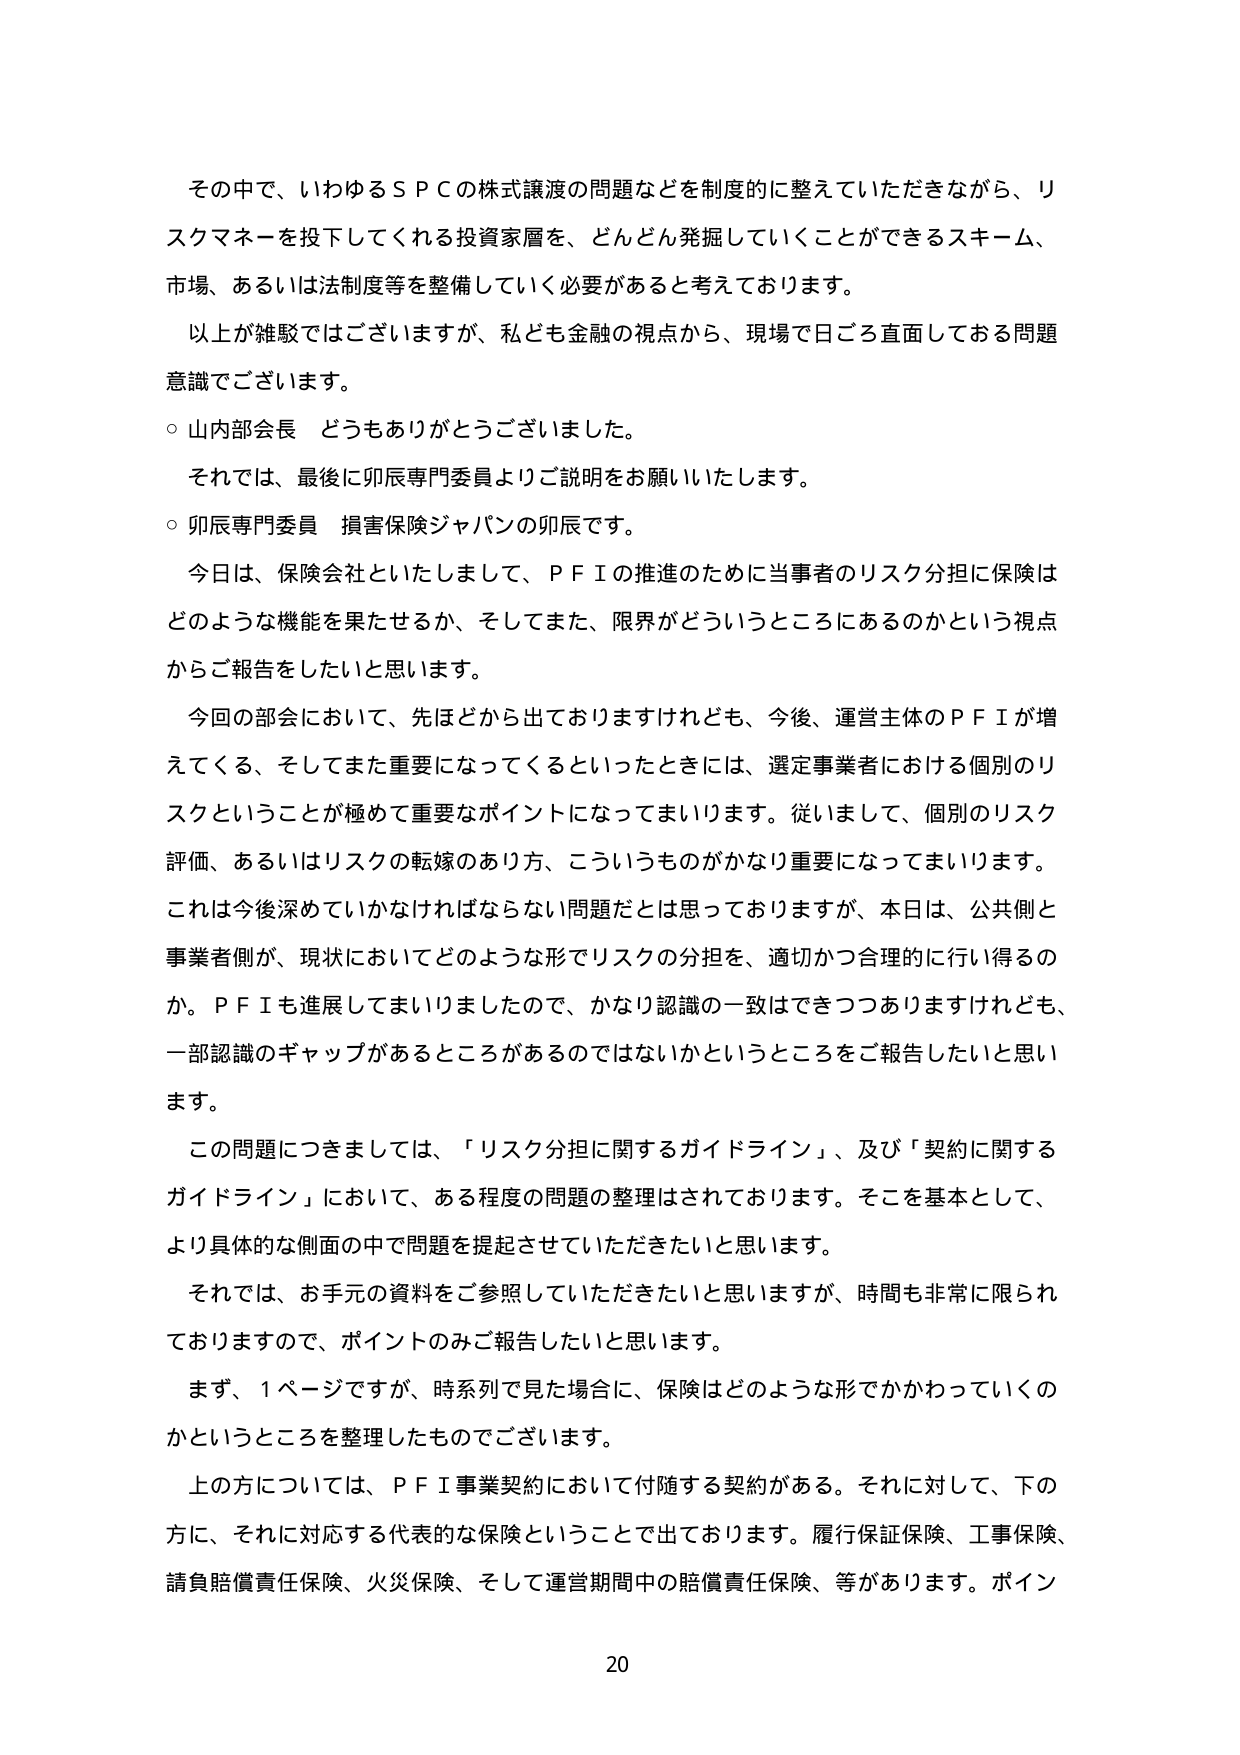
その中で、いわゆるＳＰＣの株式譲渡の問題などを制度的に整えていただきながら、リスクマネーを投下してくれる投資家層を、どんどん発掘していくことができるスキーム、市場、あるいは法制度等を整備していく必要があると考えております。

以上が雑駁ではございますが、私ども金融の視点から、現場で日ごろ直面しておる問題意識でございます。

○ 山内部会長 どうもありがとうございました。

それでは、最後に卯辰専門委員よりご説明をお願いいたします。

○ 卯辰専門委員 損害保険ジャパンの卯辰です。

今日は、保険会社といたしまして、ＰＦＩの推進のために当事者のリスク分担に保険はどのような機能を果たせるか、そしてまた、限界がどういうところにあるのかという視点からご報告をしたいと思います。

今回の部会において、先ほどから出ておりますけれども、今後、運営主体のＰＦＩが増えてくる、そしてまた重要になってくるといったときには、選定事業者における個別のリスクということが極めて重要なポイントになってまいります。従いまして、個別のリスク評価、あるいはリスクの転嫁のあり方、こういうものがかなり重要になってまいります。これは今後深めていかなければならない問題だとは思っておりますが、本日は、公共側と事業者側が、現状においてどのような形でリスクの分担を、適切かつ合理的に行い得るのか。ＰＦＩも進展してまいりましたので、かなり認識の一致はできつつありますけれども、一部認識のギャップがあるところがあるのではないかというところをご報告したいと思います。

この問題につきましては、「リスク分担に関するガイドライン」、及び「契約に関するガイドライン」において、ある程度の問題の整理はされております。そこを基本として、より具体的な側面の中で問題を提起させていただきたいと思います。

それでは、お手元の資料をご参照していただきたいと思いますが、時間も非常に限られておりますので、ポイントのみご報告したいと思います。

まず、１ページですが、時系列で見た場合に、保険はどのような形でかかわっていくのかというところを整理したものでございます。

上の方については、ＰＦＩ事業契約において付随する契約がある。それに対して、下の方に、それに対応する代表的な保険ということで出ております。履行保証保険、工事保険、請負賠償責任保険、火災保険、そして運営期間中の賠償責任保険、等があります。ポイント

20